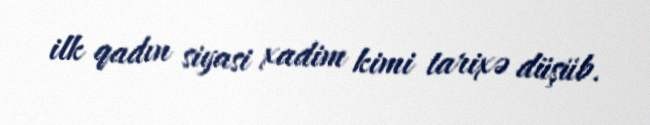
ilk qadın siyasi xadim kimi tarixə düşüb.